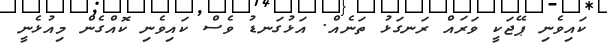
ކައިވެނި ޕޭޖަކީ ވަރައް ރަނގަޅު ތަނެއް. އަޅުގަނޑު ވެސް ކައިވެނި ކޮއްގެން މިއުޅެނީ